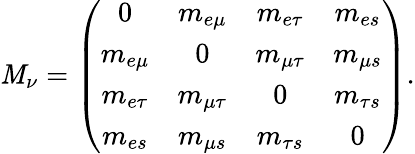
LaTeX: \mathit{M}_{\nu}=\left(\begin{array}{cccc}{{0}}&{{m_{e\mu}}}&{{m_{e\tau}}}&{{m_{es}}}\\ {{m_{e\mu}}}&{{0}}&{{m_{\mu\tau}}}&{{m_{\mu s}}}\\ {{m_{e\tau}}}&{{m_{\mu\tau}}}&{{0}}&{{m_{\tau s}}}\\ {{m_{es}}}&{{m_{\mu s}}}&{{m_{\tau s}}}&{{0}}\end{array}\right).